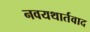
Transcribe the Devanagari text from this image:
नवयथार्तवाद